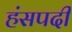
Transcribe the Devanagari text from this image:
हंसपदी